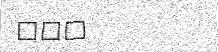
١٠٩